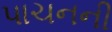
પાચનની